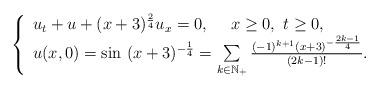
LaTeX: \begin{align*} \left\{ \begin{array}{l} u_{t}+u+(x+3)^{\frac{2}{4}}u_{x}=0,\ \ \ \ x\geq0,\ t\geq 0,\\ u(x,0)=\sin\ (x+3)^{-\frac{1}{4}}=\sum\limits_{k\in \mathbb{N}_+}\frac{(-1)^{k+1}(x+3)^{-\frac{2k-1}{4}}}{(2k-1)!}. \end{array} \right. \end{align*}